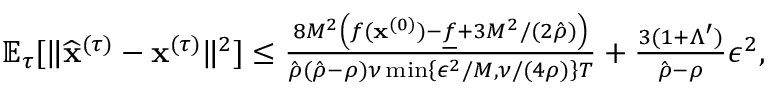
\begin{array} { r } { \mathbb { E } _ { \tau } [ \| \widehat { \mathbf x } ^ { ( \tau ) } - { \mathbf x } ^ { ( \tau ) } \| ^ { 2 } ] \leq \frac { 8 M ^ { 2 } \left( f ( { \mathbf x } ^ { ( 0 ) } ) - \underline { f } + 3 M ^ { 2 } / ( 2 \hat { \rho } ) \right) } { \hat { \rho } ( \hat { \rho } - \rho ) \nu \operatorname* { m i n } \left\{ \epsilon ^ { 2 } / M , \nu / ( 4 \rho ) \right\} T } + \frac { 3 ( 1 + \Lambda ^ { \prime } ) } { \hat { \rho } - \rho } \epsilon ^ { 2 } , } \end{array}